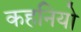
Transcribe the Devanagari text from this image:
कहनियो